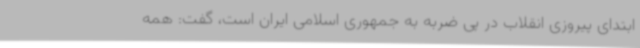
ابتدای پیروزی انقلاب در پی ضربه به جمهوری اسلامی ایران است، گفت: همه